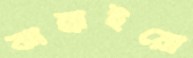
ঝাম্‌রাইয়ো